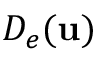
D _ { e } ( \mathbf u )